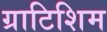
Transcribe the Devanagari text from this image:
ग्राटिशिम